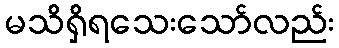
မသိရှိရသေးသော်လည်း